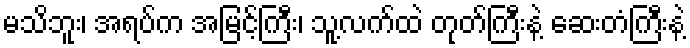
မသိဘူး၊ အရပ်က အမြင့်ကြီး၊ သူ့လက်ထဲ တုတ်ကြီးနဲ့ ဆေးတံကြီးနဲ့